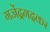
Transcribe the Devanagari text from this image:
गजेंद्रगदकर